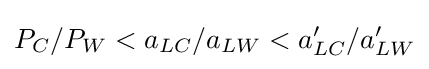
\textstyle P_{C}/P_{W}<a_{LC}/a_{LW}<a'_{LC}/a'_{LW}